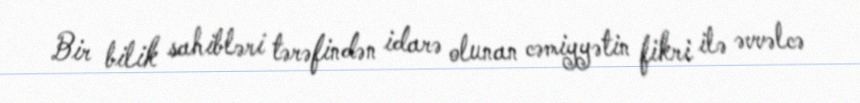
Bir bilik sahibləri tərəfindən idarə olunan cəmiyyətin fikri ilə əvvəlcə